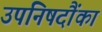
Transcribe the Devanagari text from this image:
उपनिषदौंका